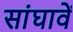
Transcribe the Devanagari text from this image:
सांघावें